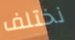
نختلف